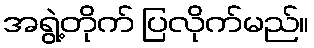
အရွဲ့တိုက် ပြလိုက်မည်။